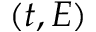
( t , E )